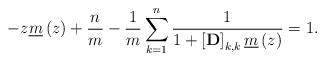
LaTeX: \begin{align*}-z\underline{m}\left(z\right)+\frac{n}{m}-\frac{1}{m}\sum_{k=1}^n\frac{1}{1+\left[\mathbf{D}\right]_{k,k}\underline{m}\left(z\right)}=1.\end{align*}